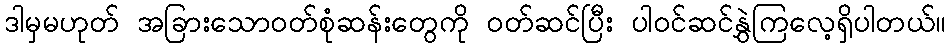
ဒါမှမဟုတ် အခြားသောဝတ်စုံဆန်းတွေကို ဝတ်ဆင်ပြီး ပါဝင်ဆင်နွှဲကြလေ့ရှိပါတယ်။